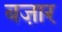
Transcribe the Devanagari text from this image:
बजा़र